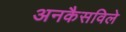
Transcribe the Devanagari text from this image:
अनकैसविले